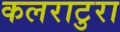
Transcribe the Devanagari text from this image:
कलराटुरा